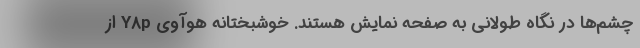
چشم‌ها در نگاه طولانی به صفحه نمایش هستند. خوشبختانه هوآوی Y8p از